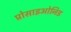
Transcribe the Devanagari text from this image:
प्रोसाइओनिड